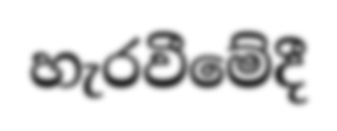
හැරවීමේදී